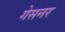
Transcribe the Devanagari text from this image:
गेसनर